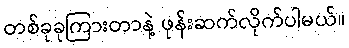
တစ်ခုခုကြားတာနဲ့ ဖုန်းဆက်လိုက်ပါမယ်။